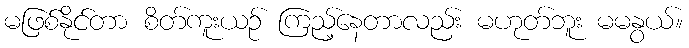
မဖြစ်နိုင်တာ စိတ်ကူးယဉ် ကြည့်နေတာလည်း မဟုတ်ဘူး မမနွယ်။